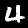
Digit: 4